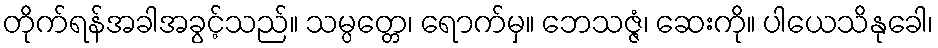
တိုက်ရန်အခါအခွင့်သည်။ သမ္ပတ္တေ၊ ရောက်မှ။ ဘေသဇ္ဇံ၊ ဆေးကို။ ပါယေသိနုခေါ၊